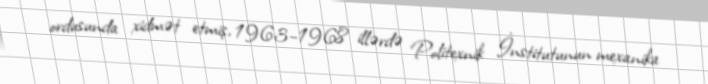
ordusunda xidmət etmiş, 1963–1968 illərdə Politexnik İnstitutunun mexanika